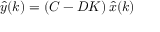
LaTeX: { \hat { y } } ( k ) = \left( C - D K \right) { \hat { x } } ( k )